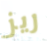
ريز